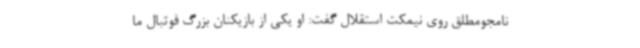
نامجومطلق روی نیمکت استقلال گفت: او یکی از بازیکنان بزرگ فوتبال ما